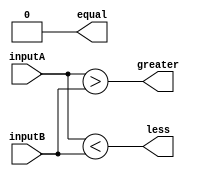
module eight_bit_comparator (
    input [7:0] inputA,
    input [7:0] inputB,
    output equal,
    output greater,
    output less
);

wire [7:0] equal_bits;
wire [7:0] greater_bits;
wire [7:0] less_bits;

assign equal_bits = (inputA == inputB);
assign greater_bits = (inputA > inputB);
assign less_bits = (inputA < inputB);

assign equal = &equal_bits;
assign greater = |greater_bits;
assign less = |less_bits;

endmodule